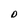
Character: D